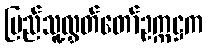
ပြည်သူ့လွှတ်တော်ဥက္ကဋ္ဌက